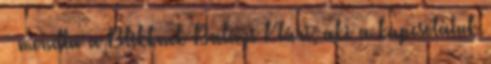
– mondta a Blikknek Balázs Klári, aki a kapcsolatuk